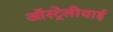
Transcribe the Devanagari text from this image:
ऑस्ट्रेलीयाई